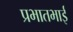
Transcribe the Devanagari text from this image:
प्रभातभाई